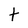
Character: t